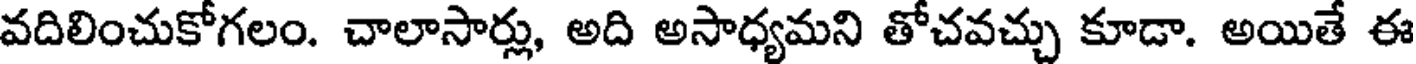
వదిలించుకోగలం. చాలాసార్లు, అది అసాధ్యమని తోచవచ్చు కూడా. అయితే ఈ